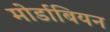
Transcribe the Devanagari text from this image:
मोर्डाबियन